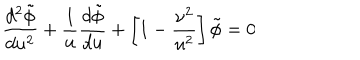
LaTeX: { \frac { d ^ { 2 } \tilde { \phi } } { d u ^ { 2 } } } + { \frac { 1 } { u } } { \frac { d \tilde { \phi } } { d u } } + \left[ 1 - { \frac { \nu ^ { 2 } } { u ^ { 2 } } } \right] \tilde { \phi } = 0